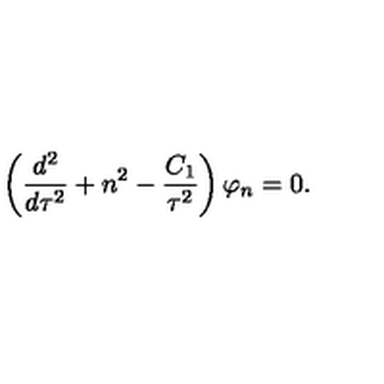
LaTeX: \left( { \frac { d ^ { 2 } } { d \tau ^ { 2 } } } + n ^ { 2 } - { \frac { C _ { 1 } } { \tau ^ { 2 } } } \right) \varphi _ { n } = 0 .